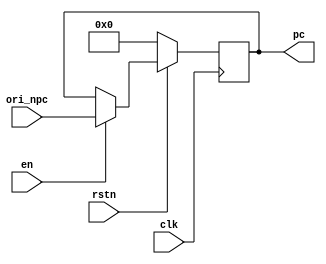
`timescale 1ns / 1ps
//////////////////////////////////////////////////////////////////////////////////
// Company: 
// Engineer: 
// 
// Design Name: 
// Module Name: PC
// Project Name: 
// Target Devices: 
// Tool Versions: 
// Description: 
// 
// Dependencies: 
// 
// Revision:
// Revision 0.01 - File Created
// Additional Comments:
// 
//////////////////////////////////////////////////////////////////////////////////


module PC(
    input [31:0] ori_npc,
    input clk,
    input en,   //bubble
    input rstn,
    output [31:0] pc
);
reg [31:0] PC = 32'b0;
always @(posedge clk) begin
    if(!rstn)
        PC <= 32'b0;
    else if(en)
        PC <= ori_npc;
    else
        PC <= PC;
end
assign pc = PC;
endmodule